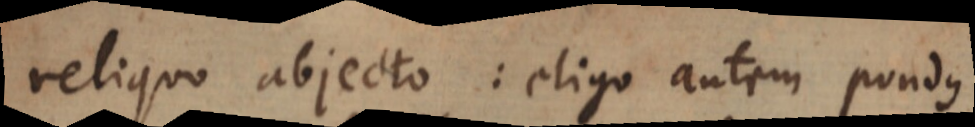
reliquo abjecto: eligo autem pondus